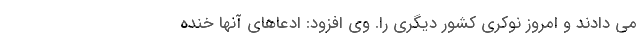
می دادند و امروز نوکری کشور دیگری را. وی افزود: ادعاهای آنها خنده